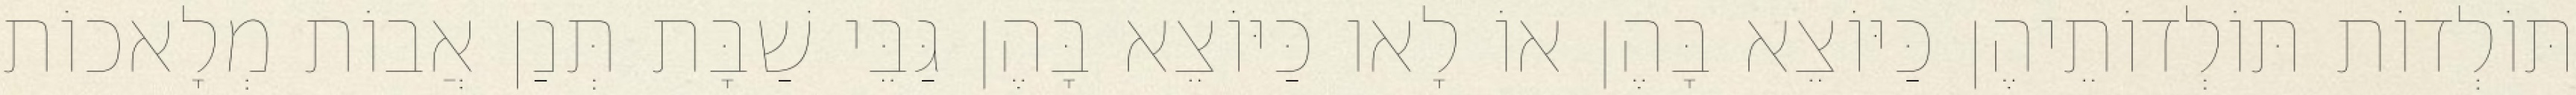
תּוֹלְדוֹת תּוֹלְדוֹתֵיהֶן כַּיּוֹצֵא בָּהֶן אוֹ לָאו כַּיּוֹצֵא בָּהֶן גַּבֵּי שַׁבָּת תְּנַן אֲבוֹת מְלָאכוֹת